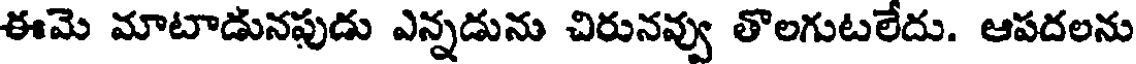
ఈమె మాటాడునపుడు ఎన్నడును చిరునవ్వు తొలగుటలేదు. ఆపదలను